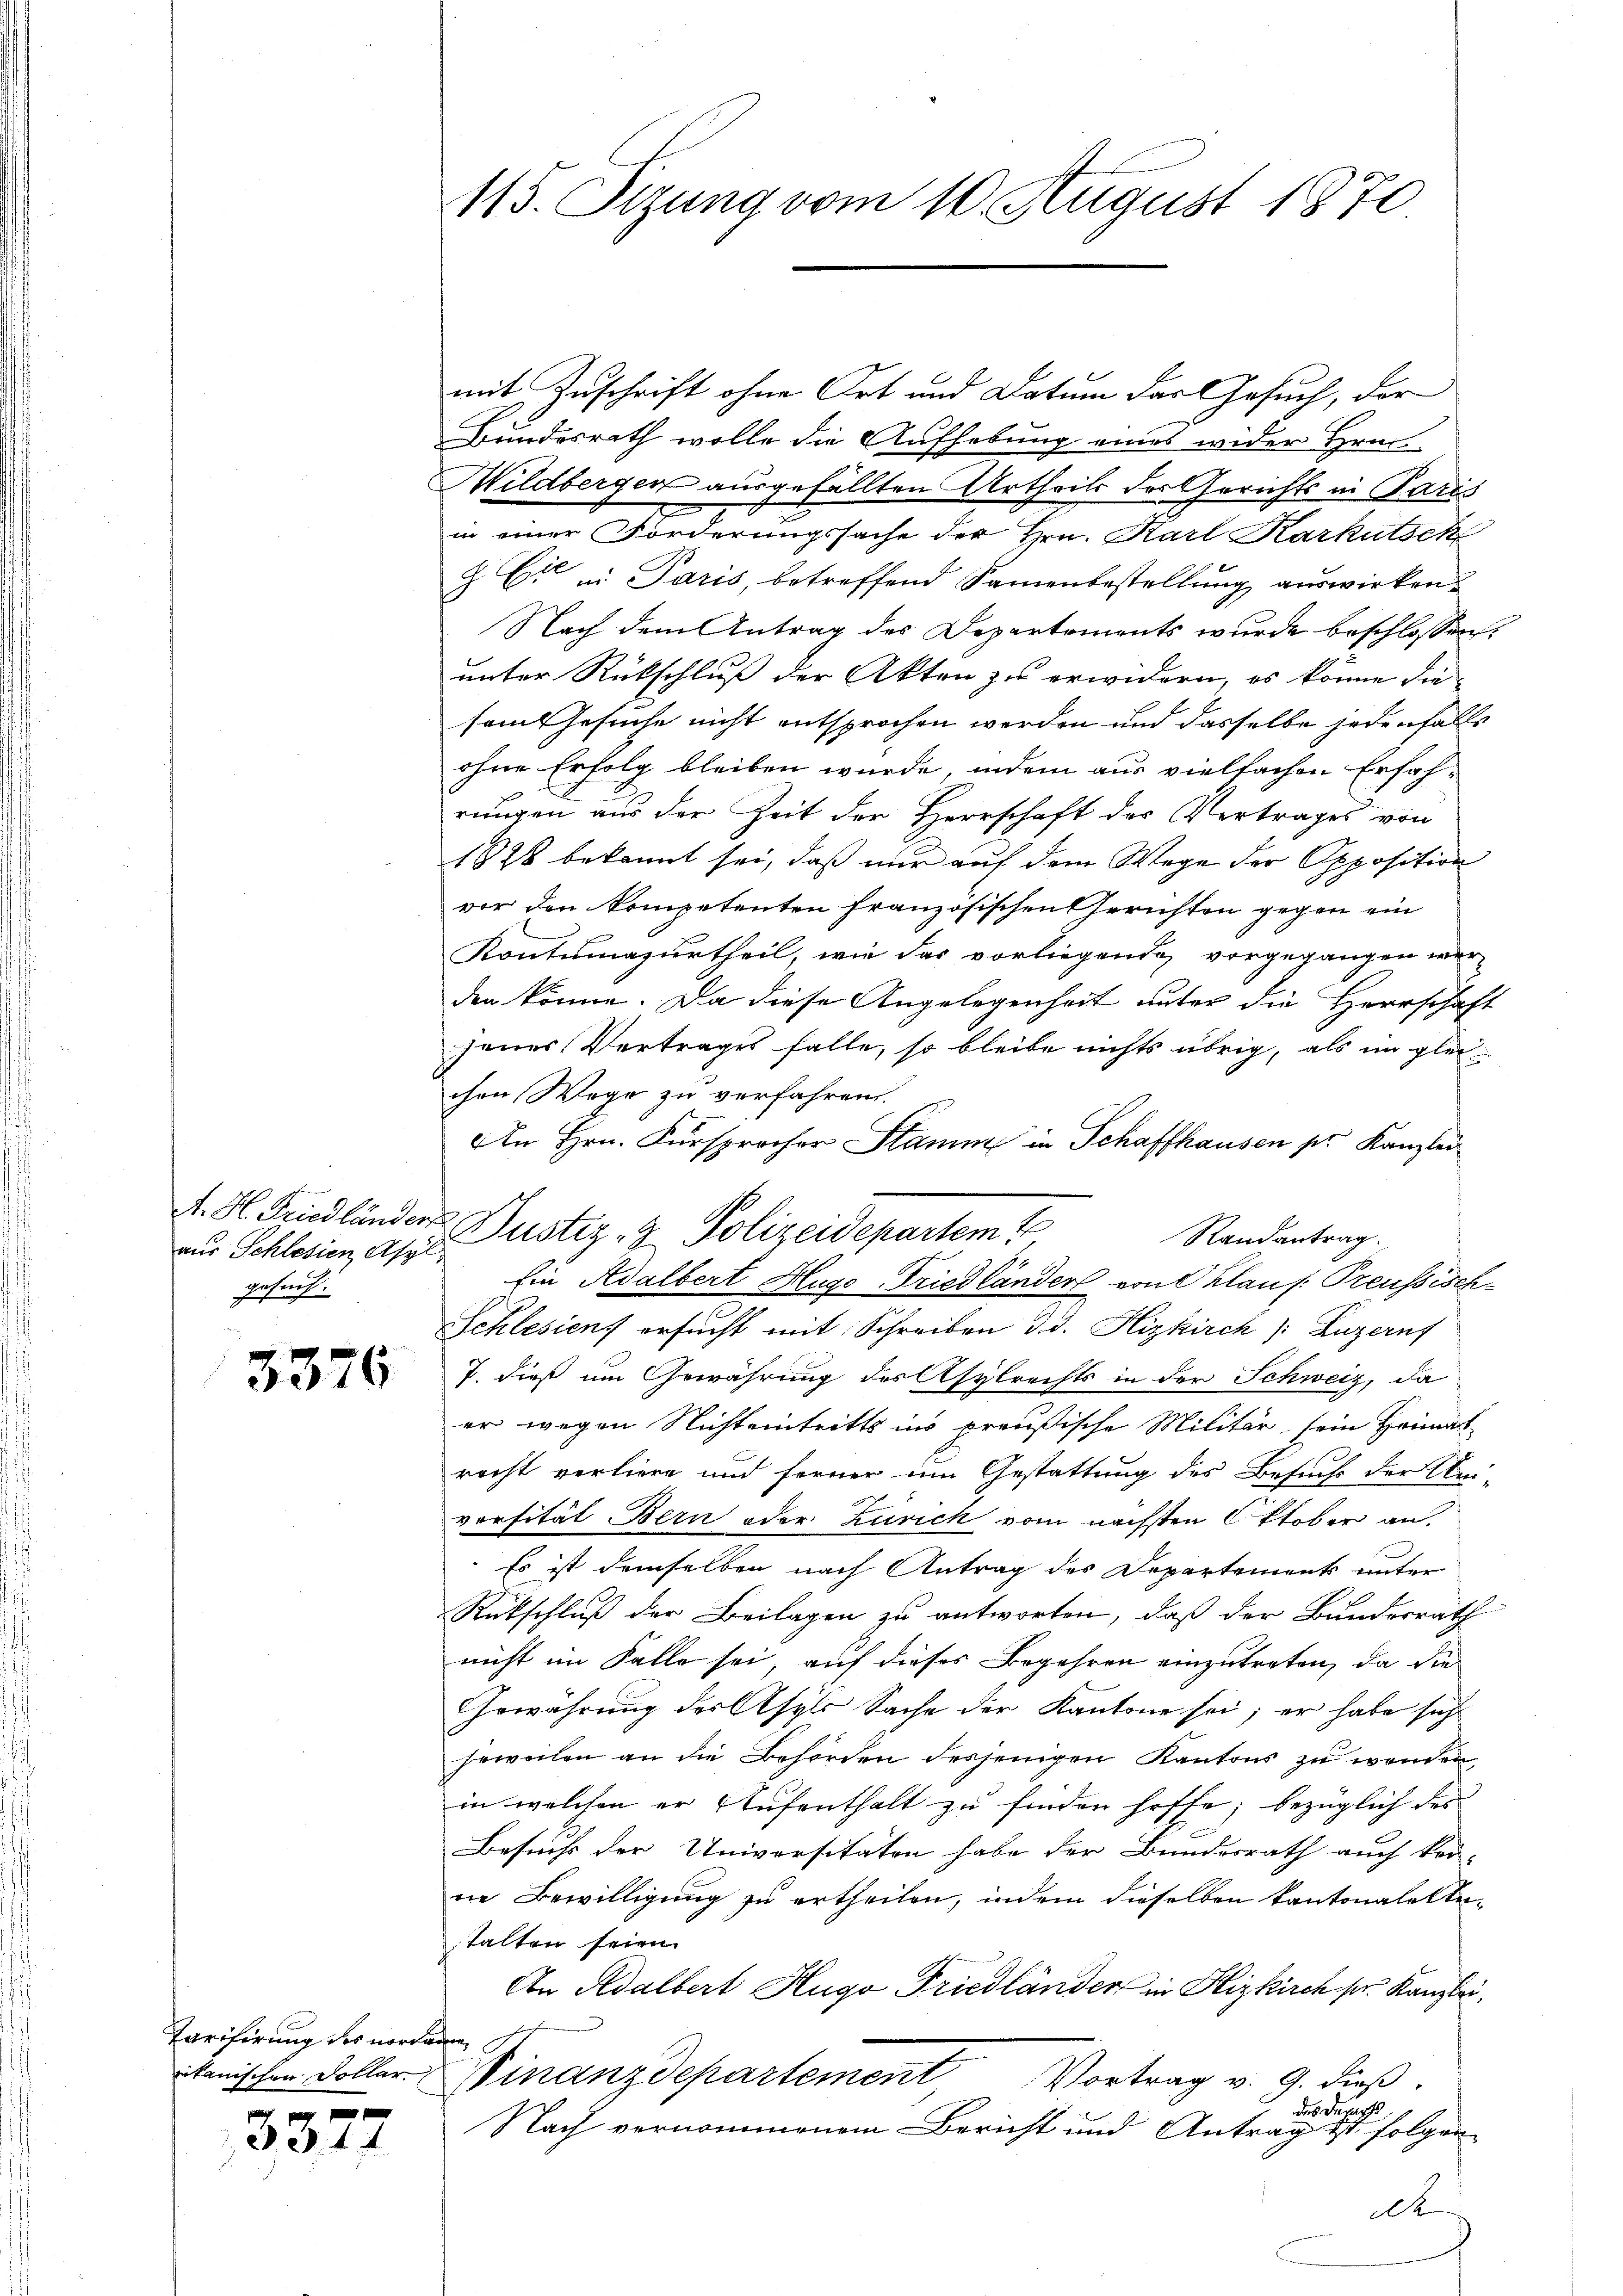
aus Schlesien, Asyl
gesuch.

3376

Tarifirung des nordame S.

3377

mit Zuschrift ohne Ort und Datum das Gesuch, der
Bundesrath wolle die Aufhebung eines wider Hrn
Wildberger ausgefällten Urtheils der Gerichts in Paris
in einer Forderungssache der Hrn. Karl Karkutsch
& Cie in Paris, betreffend Samenbestellŭng aŭswirken.
Nach dem Antrag des Departements wurde beschlossen:
unter Rückschluß der Akten zu erwidern, es könne die
samtesuche nicht entsprochen werden und dasselbe jedenfalls
ohne Erfolg bleiben würde, indem aus vielfachen Erfahrungen aus der Zeit der Herrschaft des Vertrages von
1878 bekannt sei, daß nur auf dem Wege der Opposition
vor den Kompetenten französischen Gerichten gegen ein
Kontumazurtheil, wie das vorliegende vorgegangen wer-
den könne. Da diese Angelegenheit unter die Herrschaft
jenes Vertrages falle, so bleibe nichts übrig, als im gleichen Wege zu verfahren.
An Hrn. Fürsprocher Stamm in Schaffhausen pr. Kanzlei
Randantrag.
Ein Adalbert Hugo Friedländer von 6 Klaus Preussisch¬
Schlesien ersucht mit Schreiben d. d. Hizkirch Luzern
7. dieß um Gewährung des Asylrechts in der Schweiz, da
er wegen Nichteintritts ins preußische Militär sein Heimat
recht verliere und ferner im Gestattung des Besuche der An-
vorsität Bern oder Zürich vom nächsten Oktober an,
Es ist demselben nach Antrag des Departement unter
Rütschluß der Beilagen zu antworten, daß der Bundesrath
nicht im Falle sei, auf dieses Begehren einzutreten, da die
Gewährung des Asyls Sache der Kantone sei; er habe sich
heweilen an die Behörden desjenigen Kantons zu wenden
in welchen er Aufenthalt zu finden hoffe, bezüglich des
Besuchs der Universitäten habe der Bundesrath auch kei-
in Bewilligung zu ertheilen, indem dieselben kantonalettestalten seien.
An Adalbert Hugo Friedländer in Hizkirch pr. Kanzlei,
ikanischen Doller Finanzdepartement Vortrag v. 9. dieß.
das Depart
Nach vernommenem Bericht und Antrag ist folgen
d

115. Sizung vom 10. August 1870

A. H. Friedländer Justiz- & Polizeidepartem